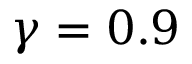
\gamma = 0 . 9